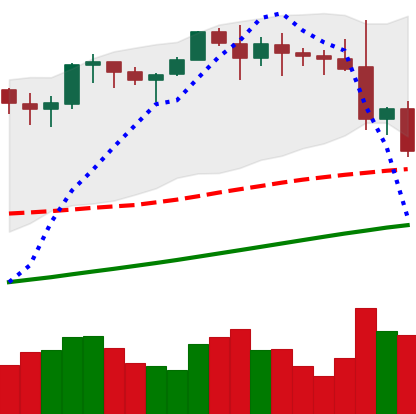
Ticker: ETH-USD
Chart end date: 2021-11-18
Forward return: 8.501%
Label: up_7plus